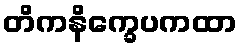
တိကနိက္ခေပကထာ